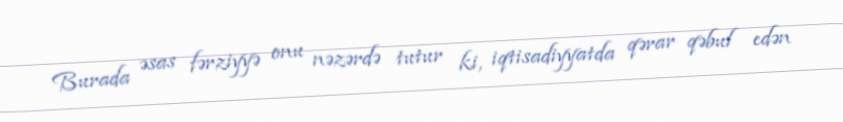
Burada əsas fərziyyə onu nəzərdə tutur ki, iqtisadiyyatda qərar qəbul edən